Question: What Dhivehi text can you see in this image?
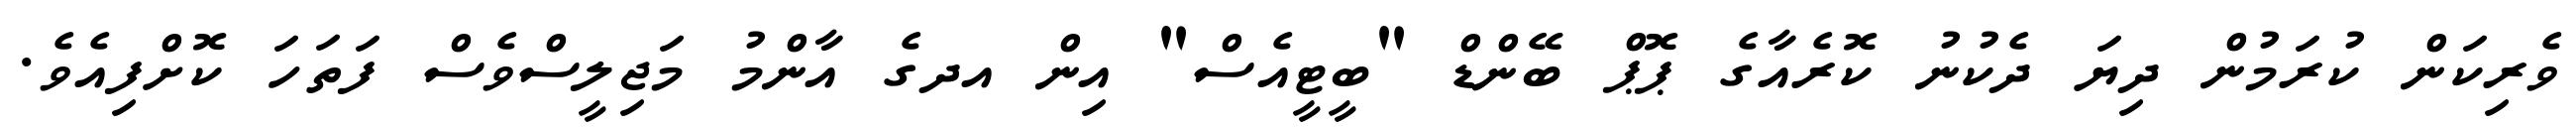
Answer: ވެރިކަން ކުރަމުން ދިޔަ ދެކުނު ކޮރެއާގެ ޕޮޕް ބޭންޑް "ބީޓީއެސް" އިން އދގެ އާންމު މަޖިލީސްވެސް ފަތަހަ ކޮށްފިއެވެ.